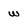
Character: w